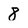
Character: 8